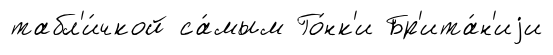
табл'и́чкой са́мым Го́нк'и Бр'ита́н'иjи